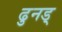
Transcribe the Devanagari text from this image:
ढुनड्